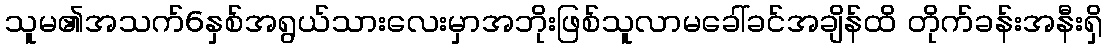
သူမ၏အသက်6နှစ်အရွယ်သားလေးမှာအဘိုးဖြစ်သူလာမခေါ်ခင်အချိန်ထိ တိုက်ခန်းအနီးရှိ